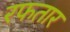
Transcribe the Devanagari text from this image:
रफतार